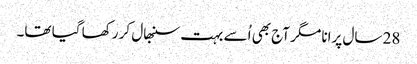
28 سال پرانا مگر آج بھی اُسے بہت سنبھال کر رکھا گیا تھا۔